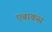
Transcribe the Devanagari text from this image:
एबाकस